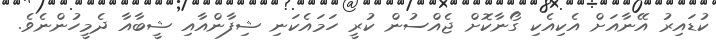
ކުޑައިރު އޭނާއަށް އެކިއެކި ގޯނާކޮށް ޖެއްސުން ކުރީ ހަމައެކަނި ޝިފާންއާއި ޝީބާއާ ދެމީހުންނެވެ.